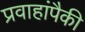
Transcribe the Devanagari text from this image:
प्रवाहांपैकी